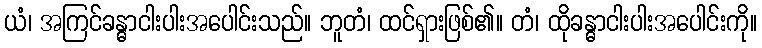
ယံ၊ အကြင်ခန္ဓာငါးပါးအပေါင်းသည်။ ဘူတံ၊ ထင်ရှားဖြစ်၏။ တံ၊ ထိုခန္ဓာငါးပါးအပေါင်းကို။